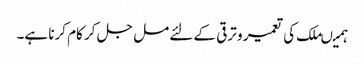
ہمیںملک کی تعمیر و ترقی کے لئے مل جل کر کام کرنا ہے۔